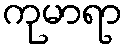
ကုမာရာ